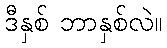
ဒီနှစ် ဘာနှစ်လဲ။